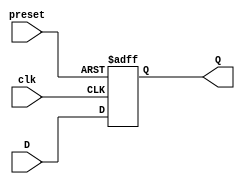
module async_preset_d_ff(input D, input preset, input clk, output reg Q);

always @(posedge clk or posedge preset)
begin
   if (preset)
      Q <= 1'b1;
   else
      Q <= D;
end

endmodule